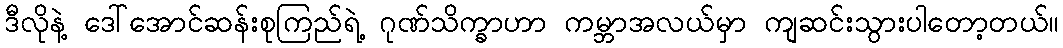
ဒီလိုနဲ့ ဒေါ်အောင်ဆန်းစုကြည်ရဲ့ ဂုဏ်သိက္ခာဟာ ကမ္ဘာအလယ်မှာ ကျဆင်းသွားပါတော့တယ်။